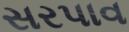
સરપાવ